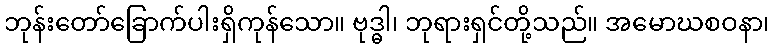
ဘုန်းတော်ခြောက်ပါးရှိကုန်သော။ ဗုဒ္ဓါ၊ ဘုရားရှင်တို့သည်။ အမောဃစဝနာ၊